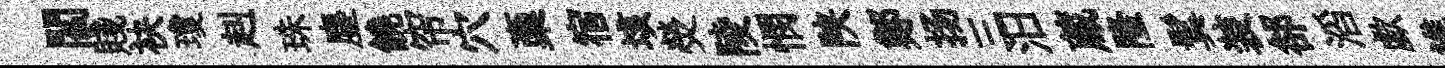
閻賤袂瓊赳珠塵饒帘穴稾宿垓熒陵憫陕鄭扬三汨蔵隆鬂装郤滔歔進